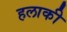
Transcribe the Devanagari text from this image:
हलाकी